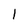
Character: 1